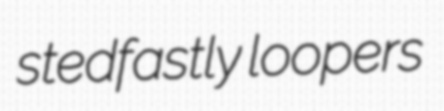
stedfastly loopers